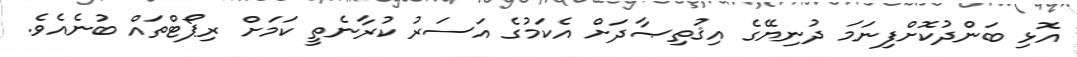
އޮޅި ބަންދުކޮށްފިނަމަ ދުނިޔޭގެ އިޤުތިޞާދަށް އެކަމުގެ އަސަރު ކުރާނެތީ ކަމަށް ރިޕޯޓްތައް ބުނެއެވެ.